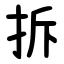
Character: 拆